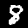
Digit: 8